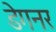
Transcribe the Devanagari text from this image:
डेगनर